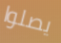
يصلوا